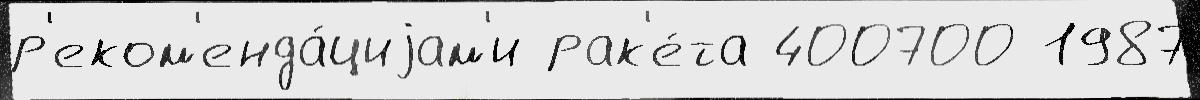
р'еком'енда́циjам'и рак'е́та 400700 1987